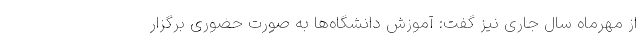
از مهرماه سال جاری نیز گفت: آموزش دانشگاه‌ها به صورت حضوری برگزار